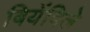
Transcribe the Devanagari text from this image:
बियेंविले